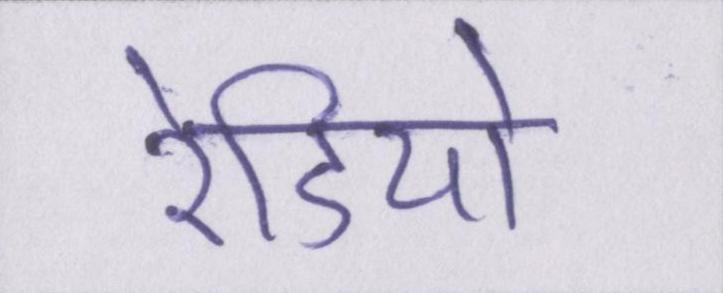
रेडियो